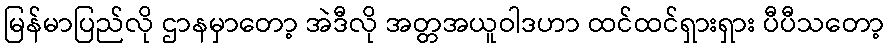
မြန်မာပြည်လို ဌာနမှာတော့ အဲဒီလို အတ္တအယူဝါဒဟာ ထင်ထင်ရှားရှား ပီပီသတော့